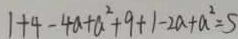
1 + 4 - 4 a + a ^ { 2 } + 9 + 1 - 2 a + a ^ { 2 } = S